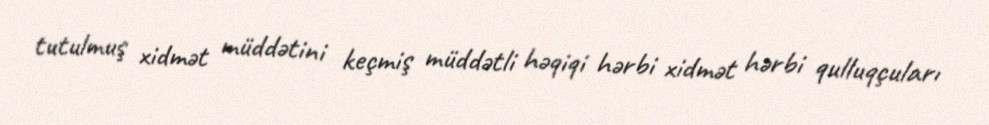
tutulmuş xidmət müddətini keçmiş müddətli həqiqi hərbi xidmət hərbi qulluqçuları